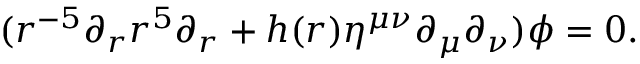
( r ^ { - 5 } \partial _ { r } r ^ { 5 } \partial _ { r } + h ( r ) \eta ^ { \mu \nu } \partial _ { \mu } \partial _ { \nu } ) \phi = 0 .